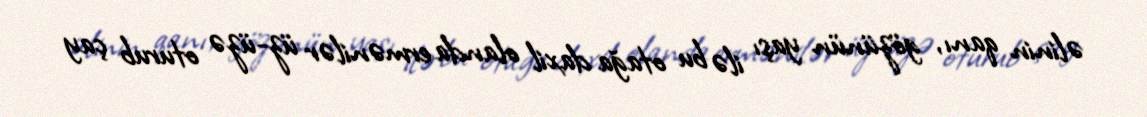
əlinin qanı, gözünün yaşı ilə bu otağa daxil olanda ermənilər üz-üzə oturub çay